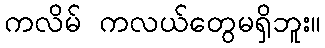
ကလိမ် ကလယ်တွေမရှိဘူး။